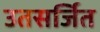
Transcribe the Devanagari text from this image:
उतसर्जित